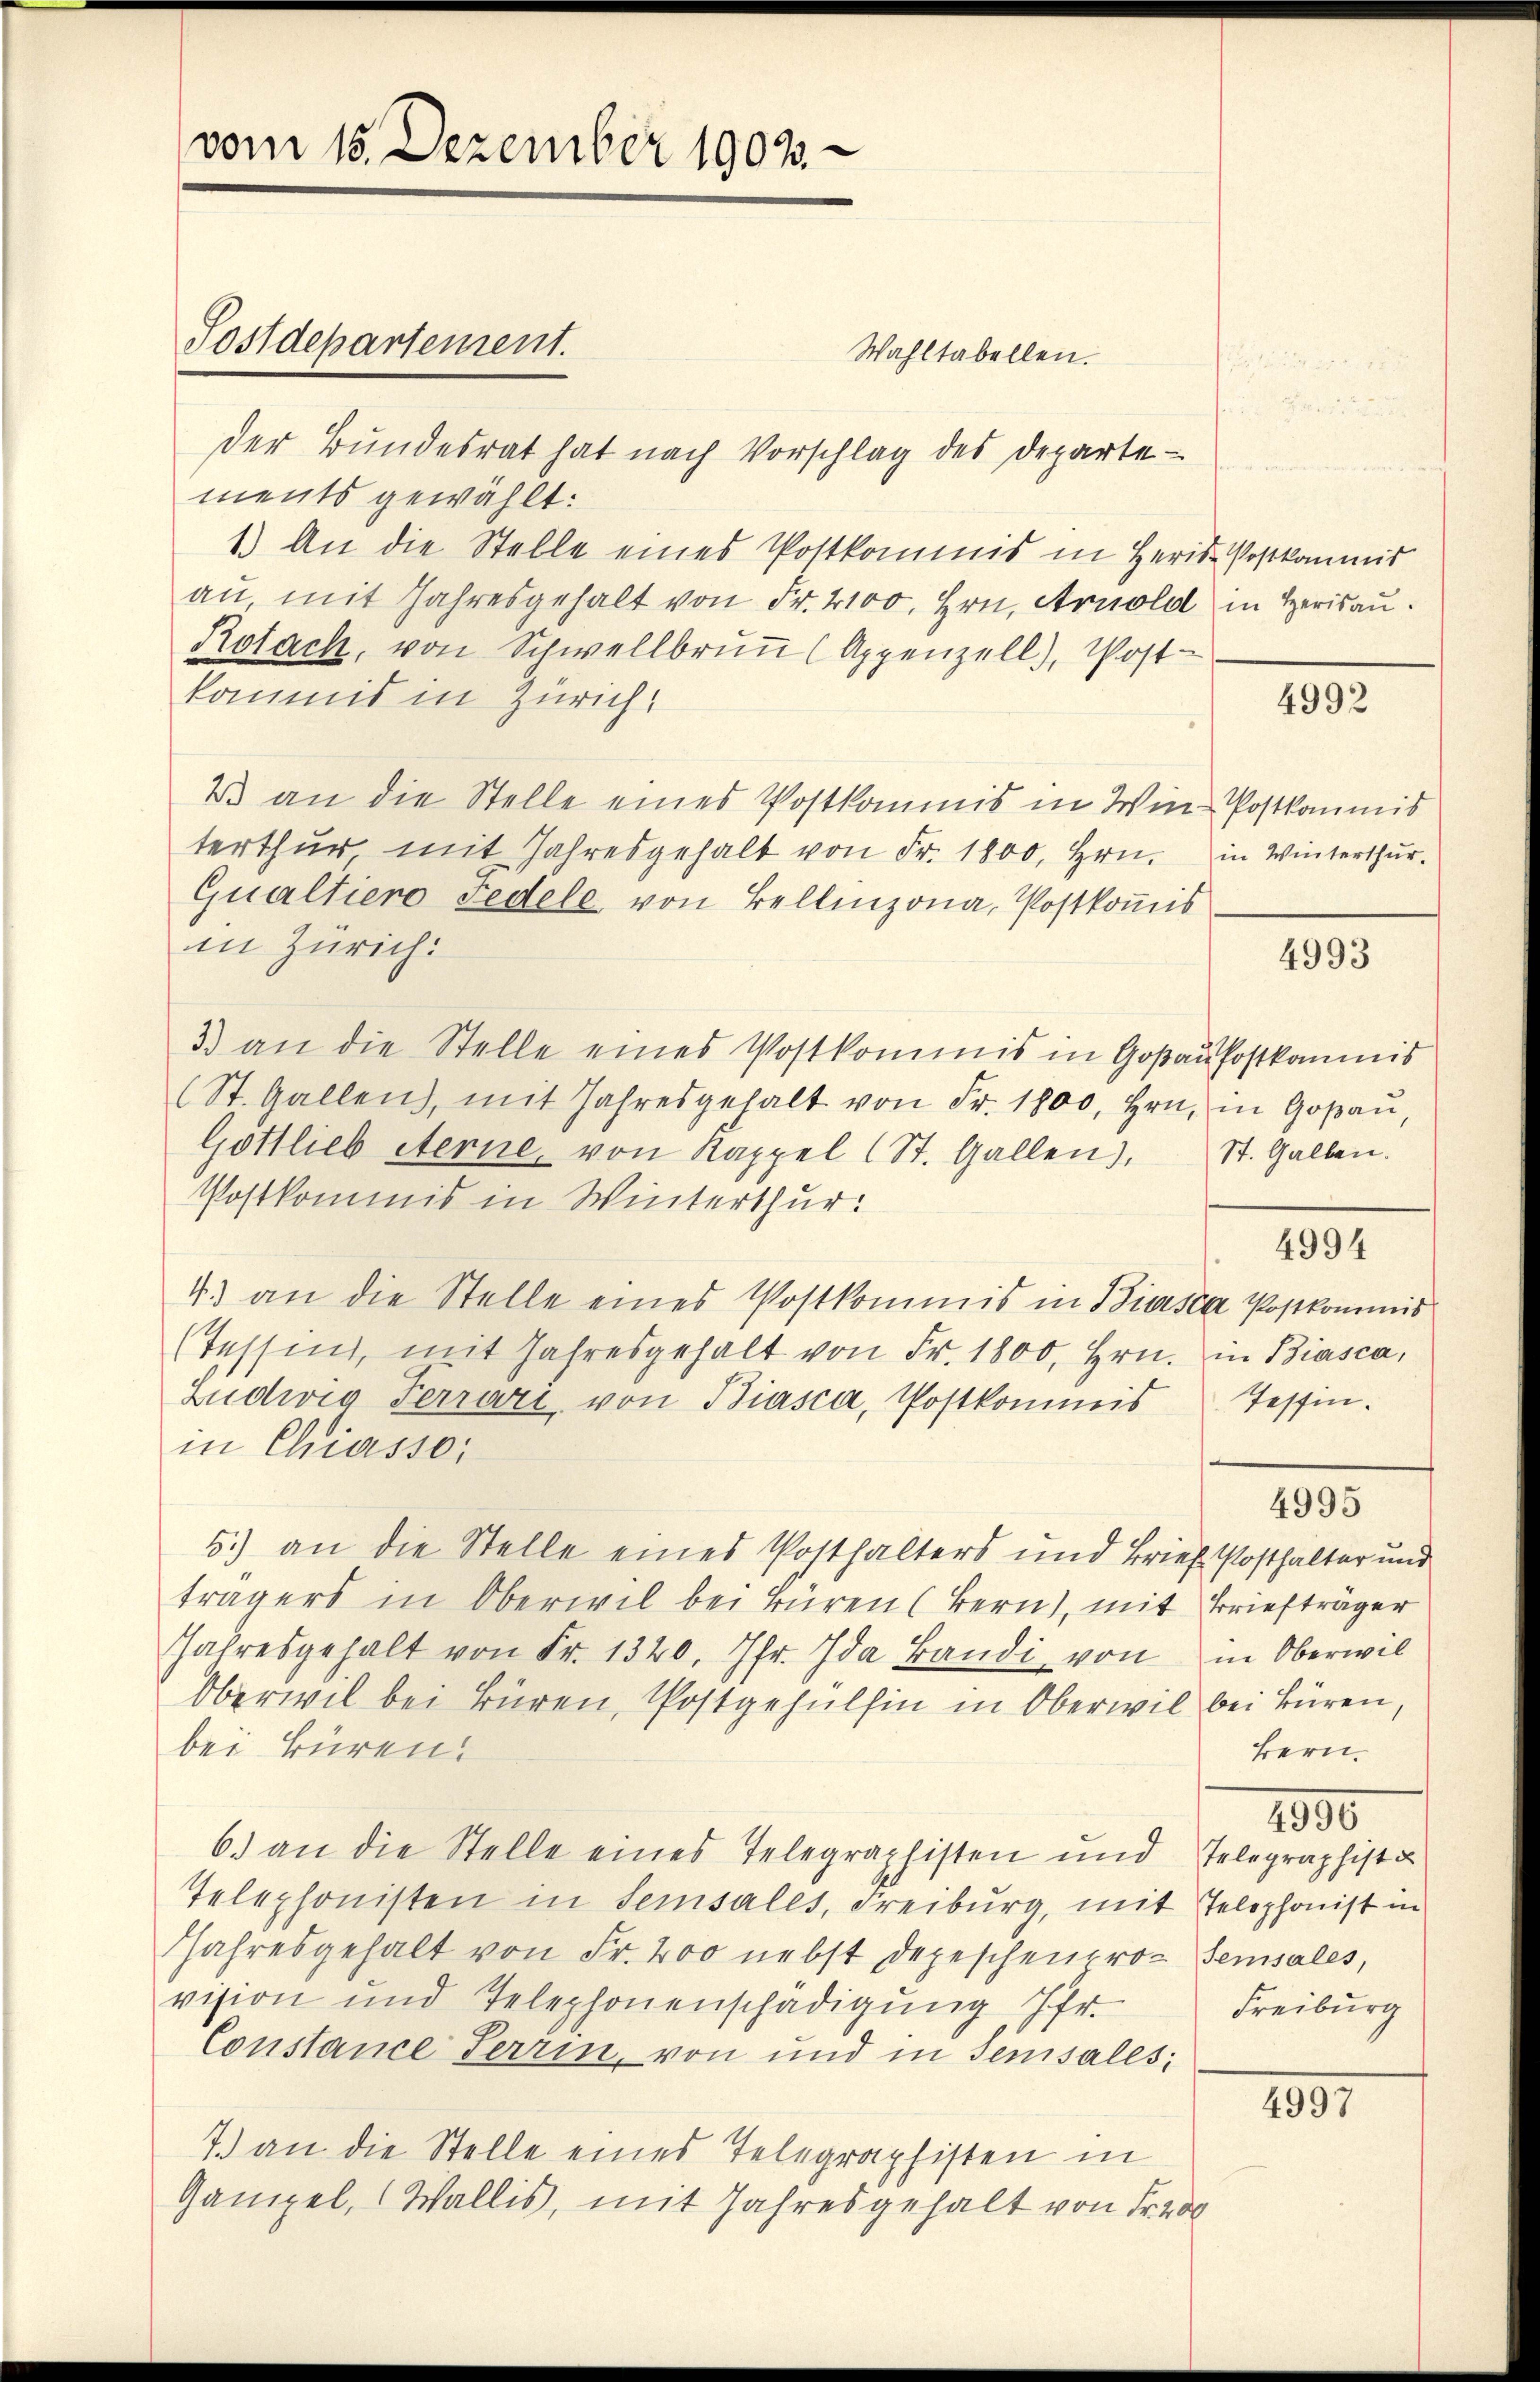
vom 16. Dezember 1903.

Sostdepartement.

s
der Bundesrat hat nach Vorschlag des Departements gewählt:
1.) An die Stelle eines Postkommis in Herid-Postkommis
au, mit Jahresgehalt von Fr. 2100. Hrn. Arnold in Herisau.
Rotach, von Schwellbrunn (Appenzell), Post-
kommis in Zürich,
2 an die Stelle eines Postkommis in Win-Postkommis
terthur mit Jahresgehalt von Fr. 1800, Hrn. in Winterthur.
Qualtiero redele von Bellinzona, Postkomis
in Zürich:
3) an die Stelle eines Postkommis in Goßaufostkommis
(St. Gallen, mit Jahresgehalt von Fr. 1800, Hrn. in Goßau
Gottlieb eterne, von Kappel (St. Gallen), St. Gallen.
Postkommis in Winterthur:
4.) an die Stelle eines Postkommis in Biasca Postkommis
(Tessin, mit Jahresgehalt von Fr. 1800, Hrn. in Biasca,
Ludwig Ferrare von Biasca, Postkommis Tessin.
in Chiasso:
5.) an die Stelle eines Posthalters und Brief Posthalter und
trägers in Oberwil bei Büren (Bern), mit Briefträger
Jahresgehalt von Fr. 1320. Jhr. Ida Bandi, von in Oberwil
Oberwil bei Büren, Postgehülhin in Oberwil bei Büren,
bei Büren.
6.) an die Stelle eines Telegraphisten und Telegraphist u
Telephonisten in Sensales, Freiburg, mit Telephonist in
Jahresgehalt von Fr. 200 nebst Depeschenpro Sensales,
vision und Telephonenschädigŭng, Ifr.
Constance Serrin, von und in Sensales;
7.) an die Stelle eines Telegraphisten in
Gampel, Wallis, mit Jahresgehalt von Fr. 200

Wahltabellen.

4992

4993

4994

4995

Bern.

1890
Freiburg

1597